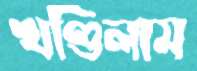
খণ্ডিলাম